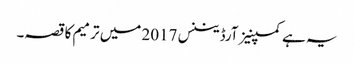
یہ ہے کمپنیز آرڈیننس 2017 میں ترمیم کا قصہ۔